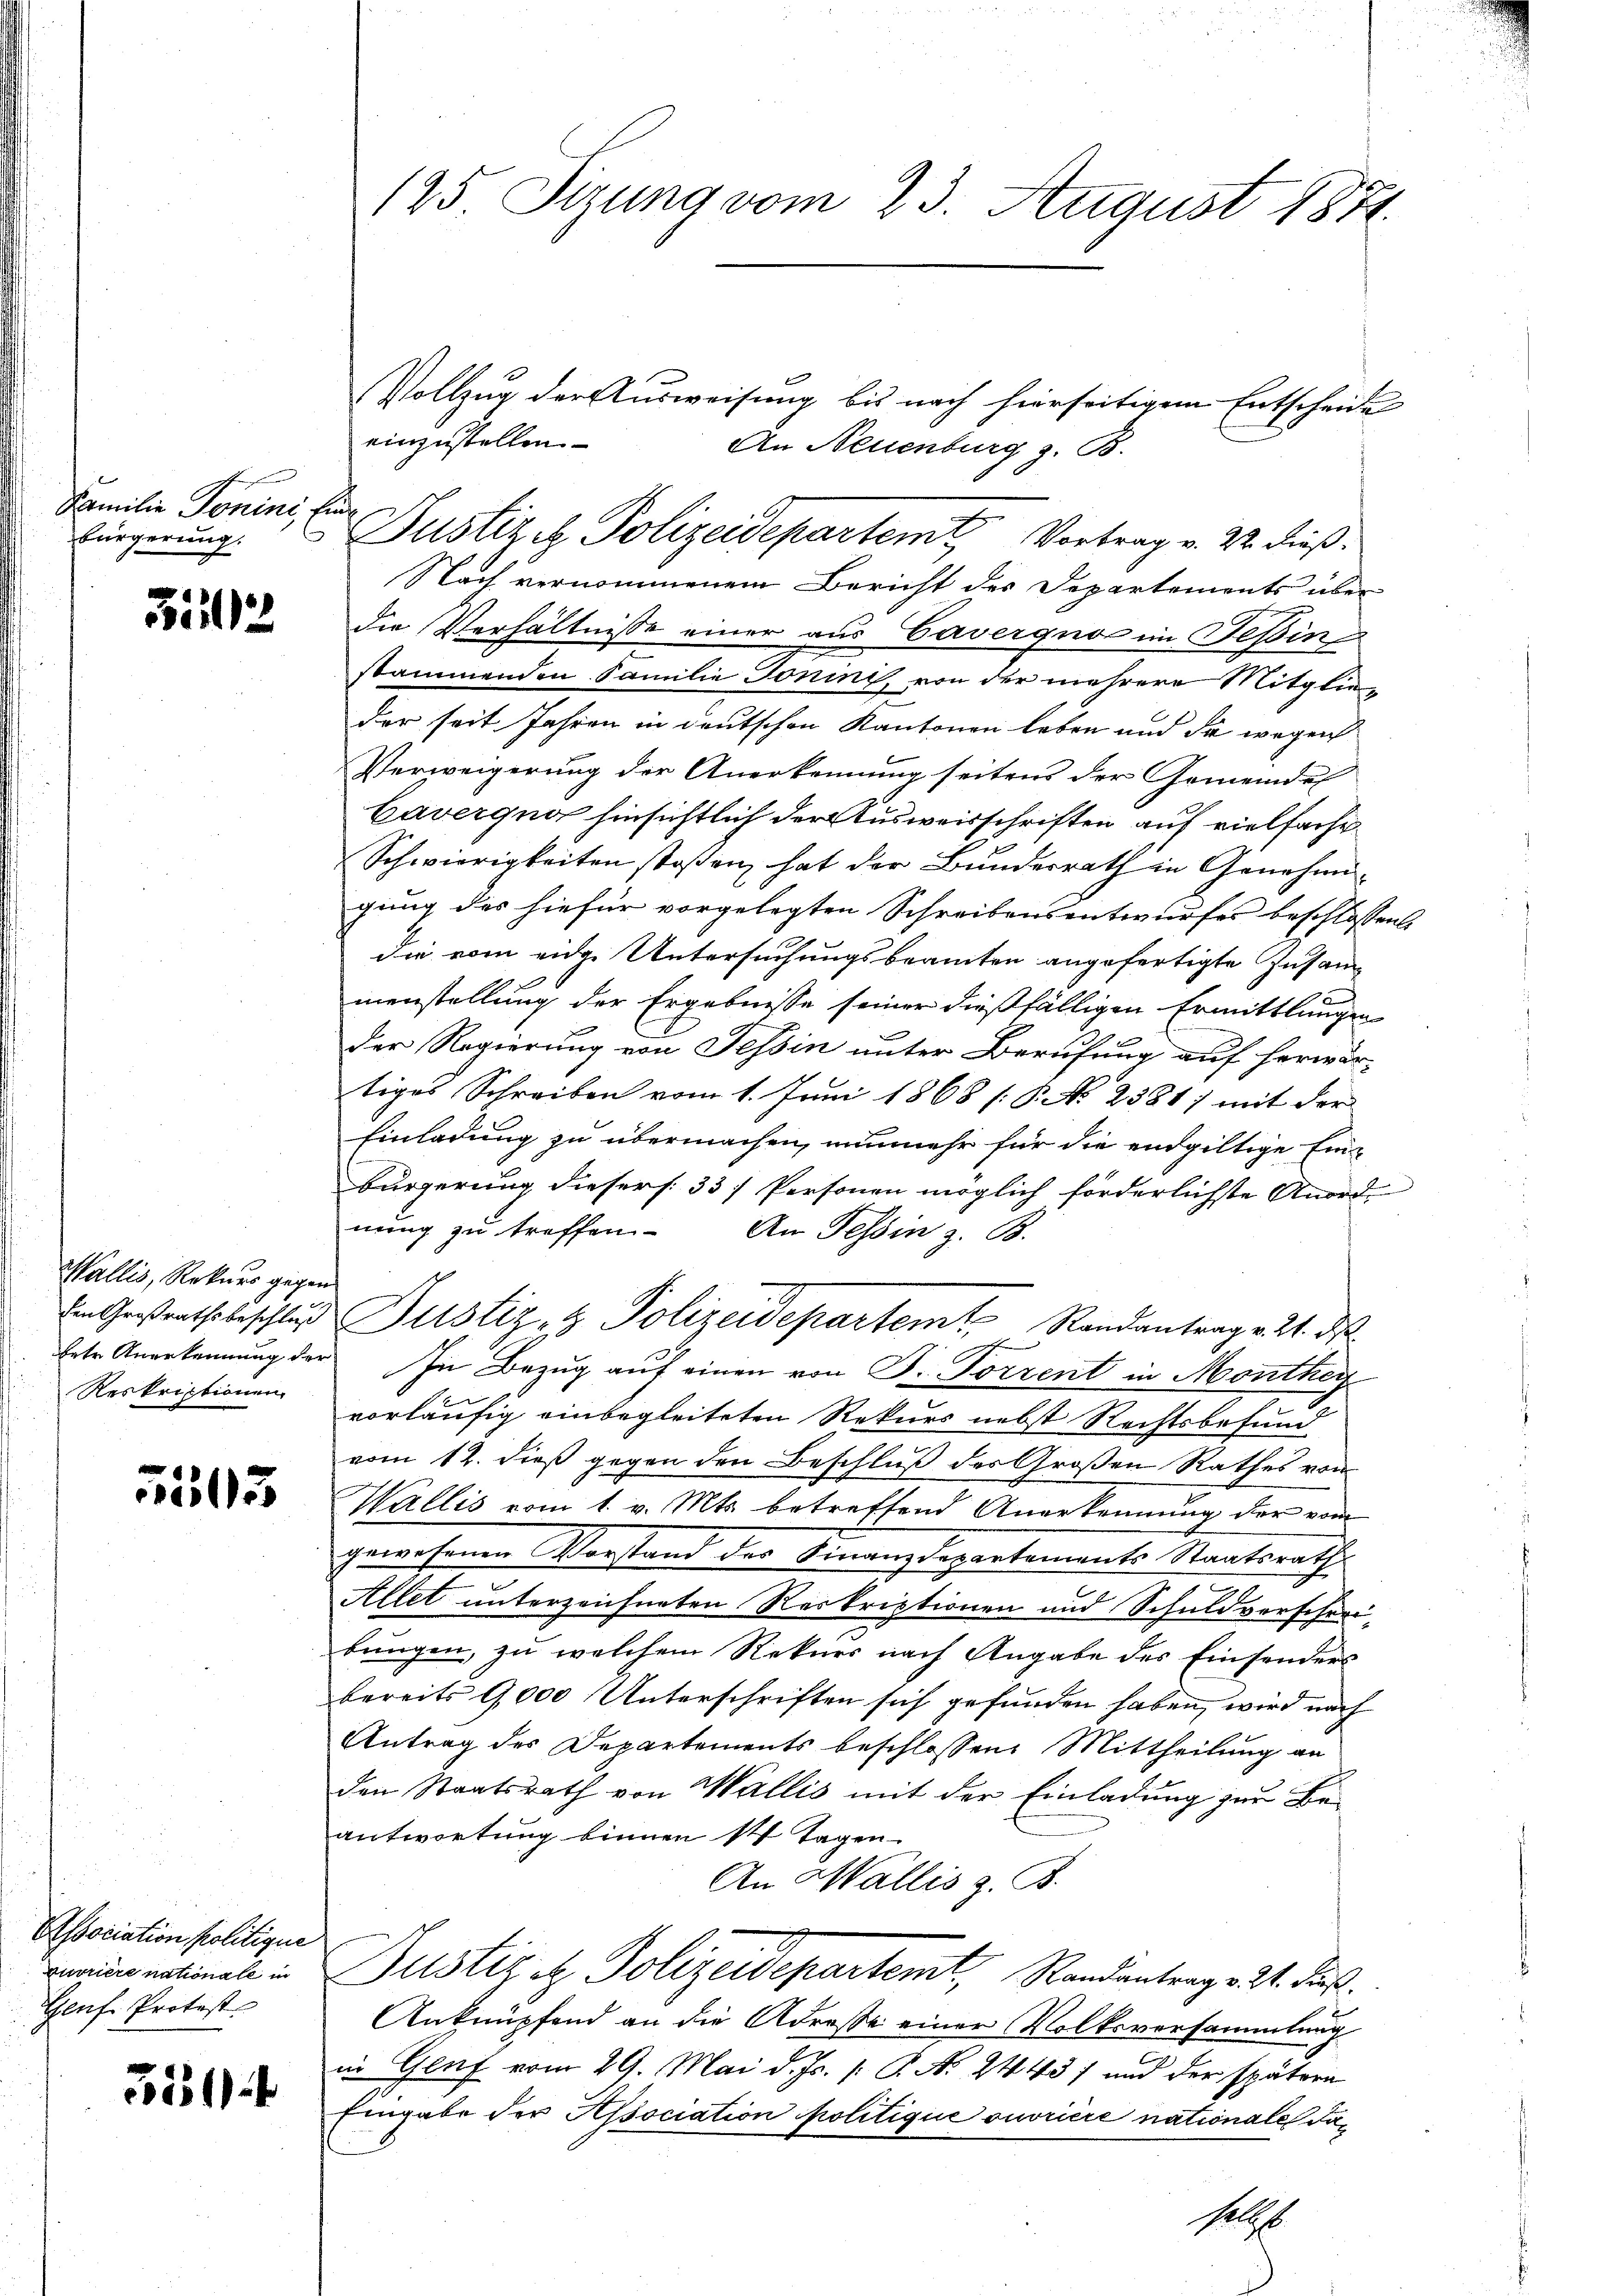
Familie Tonini, Er
bürgerung.

5122

Wallis, Rekurs gegen
den Großrathsbeschluß
betr. Anerkennung der
Reskriptionen

5593

Association politique
Burriere nationale in
Genf Protest

354

125 Sizung vom 23. August 1881.

Vollzug der Ausweisung bis nach hierseitigem Entscheide
einzustellen.
An Neuenburg z. B.
s
Justiz u. Polizeidepartemt Vortrag v. 22. dieß¬
Nach vernommenem Bericht des Departements über
die Verhältnisse einer aus Cavergno im Tessin
stammenden Familie Jonini, von der mehrere Mitglieder seit Jahren in deutschen Kantonen leben und da wegen
Verweigerung der Anerkennung seitens der Gemeinde
Caverquo hinsichtlich der Ausweisschriften auf vielfache¬
Schwierigkeiten stoßen hat der Bundesrath in Genehmi-
gung des hiefür vorgelegten Schreibensentwurfes beschlossen.
die vom eidge Untersuchungsbeamten angefertigte Zusammenstellung der Ergebnisse seiner dießfälligen Ermittlungen
Der Regierung von Tessin unter Berufung auf herwär-
tiges Schreiben vom 1. Juni 1868 /: P. No 2381) mit der
Einladung zu übermachen, nunmehr für die endgültige Einbürgerung dieser s. 337 Personen möglich förderlichste Anordnung zu treffen. An Tessin z. B.
Justiz- & Polizeidepartemt, Randantrag v. 24. ds.
In Bezug auf einen von Dr. Torrent in Monthey
vorläufig einbegleiteten Rekurs nebst Rechtsbefund
vom 12. dieß gegen den Beschluß des Großen Rathes von
Wallis vom 1. v. Mts. betreffend Anerkennung der vom
gewesenen Vorstand des Finanzdepartements Staatsrath
Allet unterzeichneten Reskriptionen und Schuldvorscheribungen, zu welchem Rekurs nach Angabe des Einsonders
bereits 9,000 Unterschriften sich gefunden haben, wird nach
Antrag der Departements beschlossen. Mittheilung an
den Staatsrath von Wallis mit der Einladung zur Beantwortung binnen ist Tagen
An Wallis z. B.
Justiz et Polizeidepartemt, Randantrage 21. Fuß.
Anknüpfend an die Adresse einer Volksversammlung
in Gluf vom 29. Mai d. Js. [: P. N. 2443) und der spätern
Eingabe der Association politique ouvriere nationales da¬
Palt